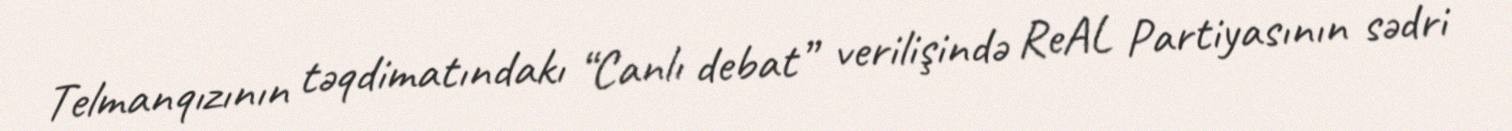
Telmanqızının təqdimatındakı “Canlı debat” verilişində ReAL Partiyasının sədri